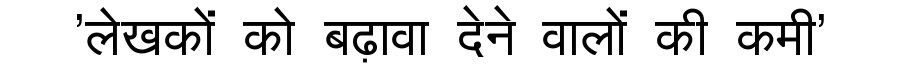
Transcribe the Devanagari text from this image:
'लेखकों को बढ़ावा देने वालों की कमी'